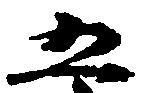
五